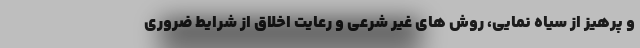
و پرهیز از سیاه نمایی، روش های غیر شرعی و رعایت اخلاق از شرایط ضروری